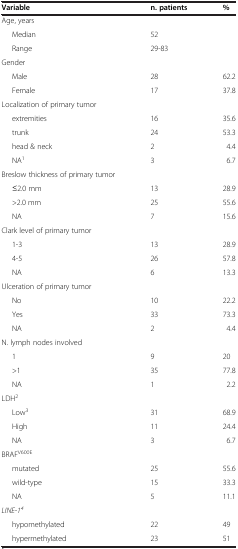
<table><thead><tr><td><b>Variable</b></td><td><b>n. patients</b></td><td><b>%</b></td></tr></thead><tbody><tr><td>Age, years</td><td> </td><td> </td></tr><tr><td>Median</td><td>52</td><td> </td></tr><tr><td>Range</td><td>29-83</td><td> </td></tr><tr><td>Gender</td><td> </td><td> </td></tr><tr><td>Male</td><td>28</td><td>62.2</td></tr><tr><td>Female</td><td>17</td><td>37.8</td></tr><tr><td>Localization of primary tumor</td><td> </td><td> </td></tr><tr><td>extremities</td><td>16</td><td>35.6</td></tr><tr><td>trunk</td><td>24</td><td>53.3</td></tr><tr><td>head &amp; neck</td><td>2</td><td>4.4</td></tr><tr><td>NA<sup>1</sup></td><td>3</td><td>6.7</td></tr><tr><td>Breslow thickness of primary tumor</td><td> </td><td> </td></tr><tr><td>≤2.0 mm</td><td>13</td><td>28.9</td></tr><tr><td>&gt;2.0 mm</td><td>25</td><td>55.6</td></tr><tr><td>NA</td><td>7</td><td>15.6</td></tr><tr><td>Clark level of primary tumor</td><td> </td><td> </td></tr><tr><td>1-3</td><td>13</td><td>28.9</td></tr><tr><td>4-5</td><td>26</td><td>57.8</td></tr><tr><td>NA</td><td>6</td><td>13.3</td></tr><tr><td>Ulceration of primary tumor</td><td> </td><td> </td></tr><tr><td>No</td><td>10</td><td>22.2</td></tr><tr><td>Yes</td><td>33</td><td>73.3</td></tr><tr><td>NA</td><td>2</td><td>4.4</td></tr><tr><td>N. lymph nodes involved</td><td> </td><td> </td></tr><tr><td>1</td><td>9</td><td>20</td></tr><tr><td>&gt;1</td><td>35</td><td>77.8</td></tr><tr><td>NA</td><td>1</td><td>2.2</td></tr><tr><td>LDH<sup>2</sup></td><td> </td><td> </td></tr><tr><td>Low<sup>3</sup></td><td>31</td><td>68.9</td></tr><tr><td>High</td><td>11</td><td>24.4</td></tr><tr><td>NA</td><td>3</td><td>6.7</td></tr><tr><td>BRAF<sup>V600E</sup></td><td> </td><td> </td></tr><tr><td>mutated</td><td>25</td><td>55.6</td></tr><tr><td>wild-type</td><td>15</td><td>33.3</td></tr><tr><td>NA</td><td>5</td><td>11.1</td></tr><tr><td><i>LINE-1</i><sup><i>4</i></sup></td><td> </td><td> </td></tr><tr><td>hypomethylated</td><td>22</td><td>49</td></tr><tr><td>hypermethylated</td><td>23</td><td>51</td></tr></tbody></table>